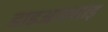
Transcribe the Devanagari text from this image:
डाइआक्साइ